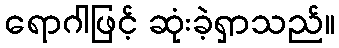
ရောဂါဖြင့် ဆုံးခဲ့ရှာသည်။